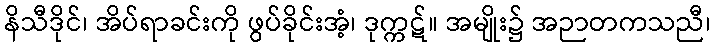
နိသီဒိုင်၊ အိပ်ရာခင်းကို ဖွပ်ခိုင်းအံ့၊ ဒုက္ကဋ်။ အမျိုး၌ အဉာတကသညီ၊